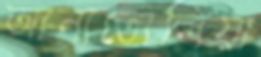
আনাতোলিয়া